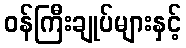
ဝန်ကြီးချုပ်များနှင့်